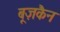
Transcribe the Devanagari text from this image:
बूज़कैन